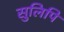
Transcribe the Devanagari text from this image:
सुलिपि